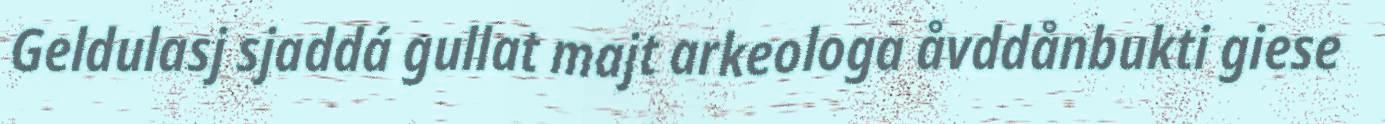
Geldulasj sjaddá gullat majt arkeologa åvddånbukti giese